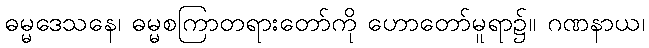
ဓမ္မဒေသနေ၊ ဓမ္မစကြာတရားတော်ကို ဟောတော်မူရာ၌။ ဂဏနာယ၊